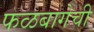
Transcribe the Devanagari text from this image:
फळबागेची